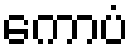
ကောပံ